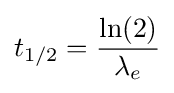
t_{1/2}={\frac {\ln(2)}{\lambda _{e}}}